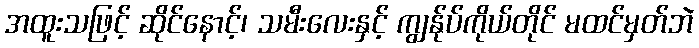
အထူးသဖြင့် ဆိုင်နောင့်၊ သမီးလေးနှင့် ကျွန်ုပ်ကိုယ်တိုင် မထင်မှတ်ဘဲ